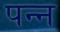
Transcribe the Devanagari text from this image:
पन्न